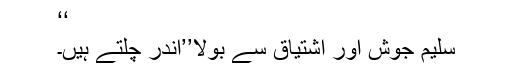
‘‘
سلیم جوش اور اشتیاق سے بولا’’اندر چلتے ہیں۔